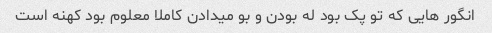
انگور هایی که تو پک بود له بودن و بو میدادن کاملا معلوم بود کهنه است